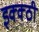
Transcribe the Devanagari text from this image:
इक्क्ठी